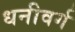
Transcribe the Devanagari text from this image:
धनीवर्ग